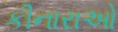
કીનારાઓ